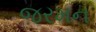
જરમન